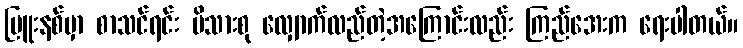
မြူးနစ်မှာ စာသင်ရင်း မိသားစု လျှောက်လည်တဲ့အကြောင်းလည်း ကြည်အေးက ရေးပါတယ်။